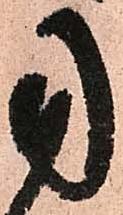
用